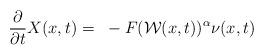
LaTeX: \begin{align*}\frac{\partial}{\partial t}X(x,t)=~-F(\mathcal{W}(x,t))^{\alpha}\nu(x,t)\end{align*}